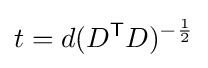
t=d(D^{\mathsf {T}}D)^{-{\frac {1}{2}}}